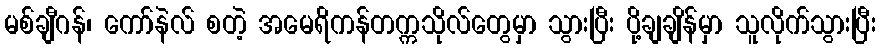
မစ်ချီဂန်၊ ကော်နဲလ် စတဲ့ အမေရိကန်တက္ကသိုလ်တွေမှာ သွားပြီး ပို့ချချိန်မှာ သူလိုက်သွားပြီး